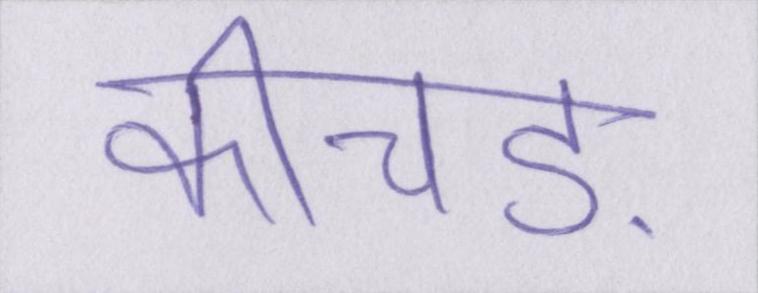
कीचड़